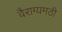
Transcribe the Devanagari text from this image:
वैराग्यमठी